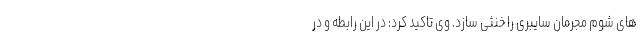
های شوم مجرمان سایبری را خنثی سازد. وی تاکید کرد: در این رابطه و در